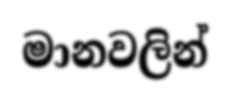
මානවලින්